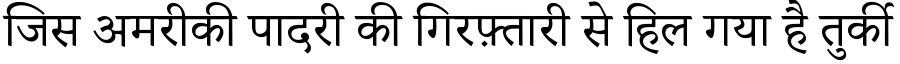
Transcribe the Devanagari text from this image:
जिस अमरीकी पादरी की गिरफ़्तारी से हिल गया है तुर्की